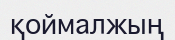
қоймалжың